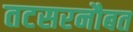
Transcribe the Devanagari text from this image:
तटसरनौबत